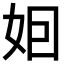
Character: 𡛸